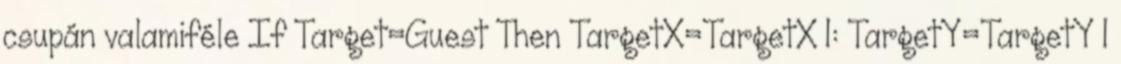
csupán valamiféle If Target=Guest Then TargetX=TargetX 1: TargetY=TargetY 1